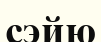
сэйю